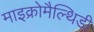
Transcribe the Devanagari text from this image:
माइक्रोमैल्थिडी